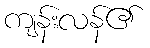
ကျန်းလန်၏